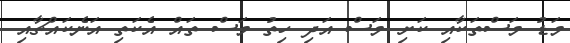
މަޑު މަސްތަކާއި ކަށި މަސް އަދި ހިތު މަސް ތައް އެކަތި އަނެކައްޗާއި